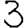
Digit: 3